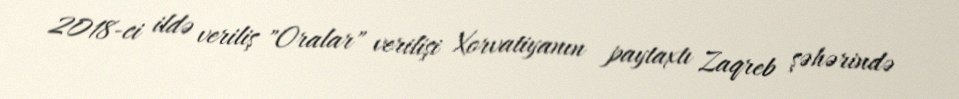
2018-ci ildə veriliş "Oralar" verilişi Xorvatiyanın paytaxtı Zaqreb şəhərində